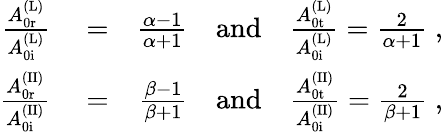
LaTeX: \begin{array}{rlr}{\frac{A_{\mathrm{0r}}^{\mathrm{(L)}}}{A_{\mathrm{0i}}^{\mathrm{(L)}}}}&{{}=}&{\frac{\alpha-1}{\alpha+1}\quad\mathrm{and}\quad\frac{A_{\mathrm{0t}}^{\mathrm{(L)}}}{A_{\mathrm{0i}}^{\mathrm{(L)}}}=\frac{2}{\alpha+1}\; ,}\\ {\frac{A_{\mathrm{0r}}^{\mathrm{(II)}}}{A_{\mathrm{0i}}^{\mathrm{(II)}}}}&{{}=}&{\frac{\beta-1}{\beta+1}\quad\mathrm{and}\quad\frac{A_{\mathrm{0t}}^{\mathrm{(II)}}}{A_{\mathrm{0i}}^{\mathrm{(II)}}}=\frac{2}{\beta+1}\; ,}\end{array}